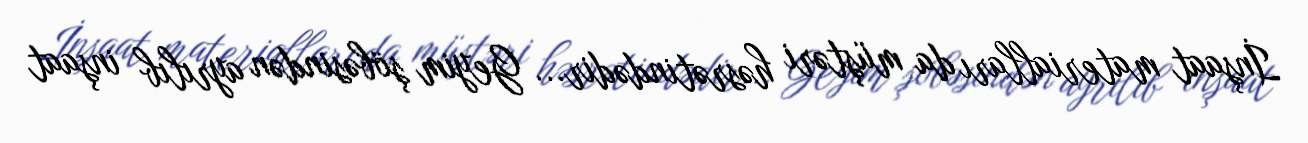
İnşaat materialları da müştəri həsrətindədir... Geyim şöbəsindən ayrılıb inşaat